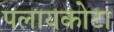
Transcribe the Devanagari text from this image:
पलायकोटा